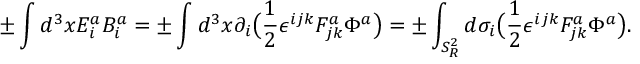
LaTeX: \pm \int d ^ { 3 } x E _ { i } ^ { a } B _ { i } ^ { a } = \pm \int d ^ { 3 } x \partial _ { i } \big ( { \frac { 1 } { 2 } } \epsilon ^ { i j k } F _ { j k } ^ { a } \Phi ^ { a } \big ) = \pm \int _ { S _ { R } ^ { 2 } } d \sigma _ { i } \big ( { \frac { 1 } { 2 } } \epsilon ^ { i j k } F _ { j k } ^ { a } \Phi ^ { a } \big ) .